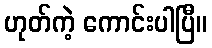
ဟုတ်ကဲ့ ကောင်းပါပြီ။